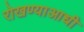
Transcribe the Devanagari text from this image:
रोखण्याआधी